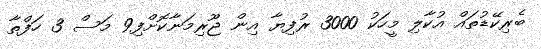
ބެރިކޭޑުތައް އުކާލި މީހަކު 3000 ރުފިޔާ އިން ޖޫރިމަނާކޮށްފި9 މަސް 3 ހަފްތާ